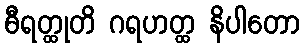
ဓီရတ္ထုတိ ဂရဟတ္ထ နိပါတော